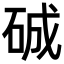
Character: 𥓉